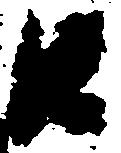
江